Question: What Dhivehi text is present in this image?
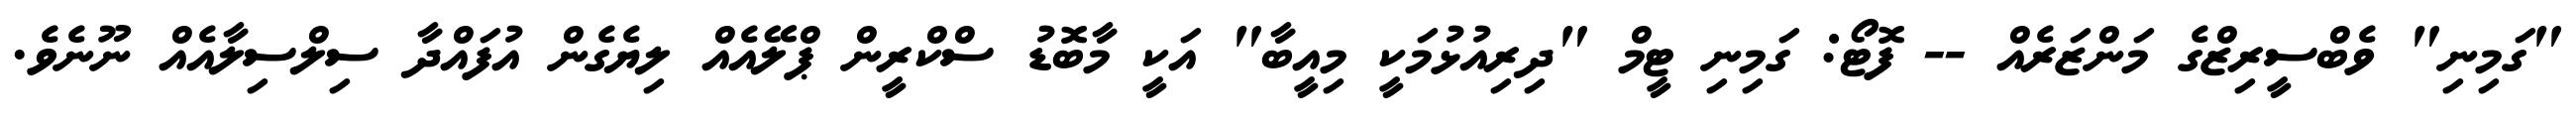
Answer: "ގަމިނި" ވެބްސީރިޒްގެ މަންޒަރެއް -- ފޮޓޯ: ގަމިނި ޓީމް "ދިރިއުޅުމަކީ މިއީބާ" އަކީ މާބޮޑު ސްކްރީން ޕްލޭއެއް ލިޔެގެން އުފައްދާ ސިލްސިލާއެއް ނޫނެވެ.